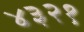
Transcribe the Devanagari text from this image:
४३२१